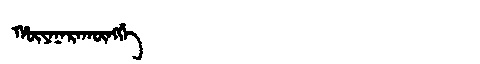
Manchu: ᡥᡡᠶᠠᠨᠠᡵᠠᡴᡡᠩᡤᡝ
Romanization: HŪYANARAKŪNGGE